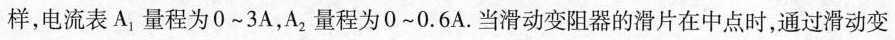
样，电流表A，量程为0~3A，A2量程为0~0.6A.当滑动变阻器的滑片在中点时，通过滑动变